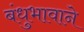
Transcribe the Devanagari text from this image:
बंधुभावाने